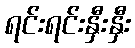
ရင်းရင်းနှီးနှီး